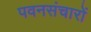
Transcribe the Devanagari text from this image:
पवनसंचारों